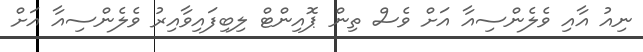
ނިއު އާއި ވެލެންސިއާ އަށް ވެސް ތިން ޕޮއިންޓް ލިބިފައިވާއިރު ވެލެންސިއާ އަށް